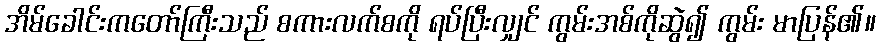
အိမ်ခေါင်းကတော်ကြီးသည် စကားလက်စကို ရပ်ပြီးလျှင် ကွမ်းအစ်ကိုဆွဲ၍ ကွမ်း မာပြန်၏။